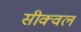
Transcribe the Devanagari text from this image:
सीक्‍वल